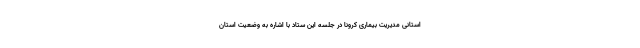
استانی مدیریت بیماری کرونا در جلسه این ستاد با اشاره به وضعیت استان